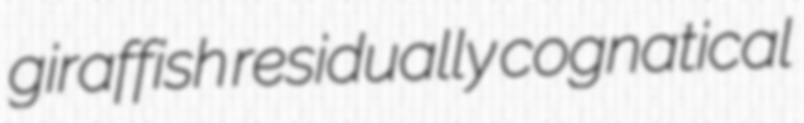
giraffish residually cognatical